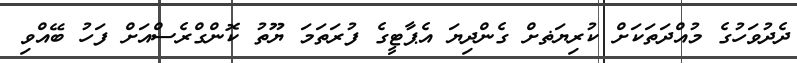
ދެދުވަހުގެ މުއްދަތަކަށް ކުރިޔަޡށް ގެންދިޔަ އެޕާޓީގެ ފުރަތަމަ ޔޫތު ކޮންގްރެސްއަށް ފަހު ބޭއްވި